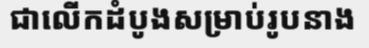
ជាលើកដំបូងសម្រាប់រូបនាង